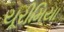
યૂરીમિયા